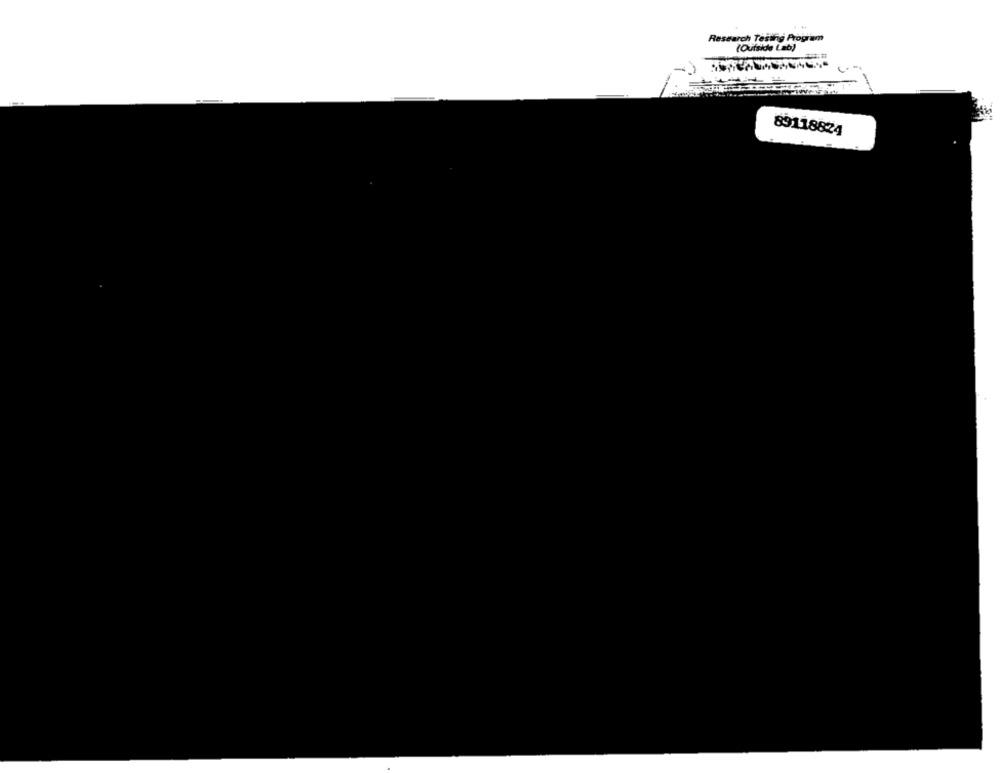
Research Testing Program
(Outside Lab)
89118824